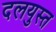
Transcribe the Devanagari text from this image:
दलयुस्त